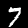
Label: 7